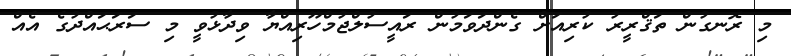
މި ރޮނގުން ތަޤްރީރު ކުރިއަށް ގެންދަވަމުން ރައީސުލްޖުމްހޫރިއްޔާ ވިދާޅުވީ މި ސަރަޙައްދުގެ އެއް